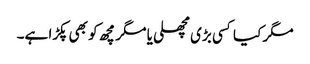
مگر کیا کسی بڑی مچھلی یا مگر مچھ کو بھی پکڑا ہے۔